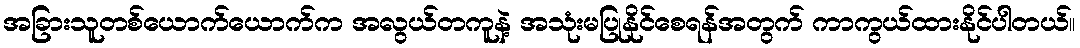
အခြားသူတစ်ယောက်ယောက်က အလွယ်တကူနဲ့ အသုံးမပြုနိုင်စေရန်အတွက် ကာကွယ်ထားနိုင်ပါတယ်။